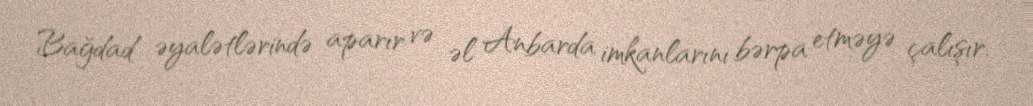
Bağdad əyalətlərində aparır və əl Anbarda imkanlarını bərpa etməyə çalışır.